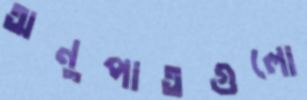
অনুপাতগুলো